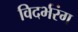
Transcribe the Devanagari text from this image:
विदर्भरंग